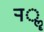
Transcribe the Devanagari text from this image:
र्‍ाॣ